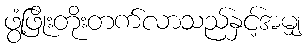
ဖွံ့ဖြိုးတိုးတက်လာသည်နှင့်အမျှ